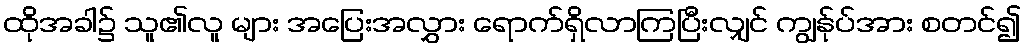
ထိုအခါ၌ သူ၏လူ များ အပြေးအလွှား ရောက်ရှိလာကြပြီးလျှင် ကျွန်ုပ်အား စတင်၍